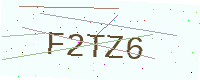
Text: F2TZ6